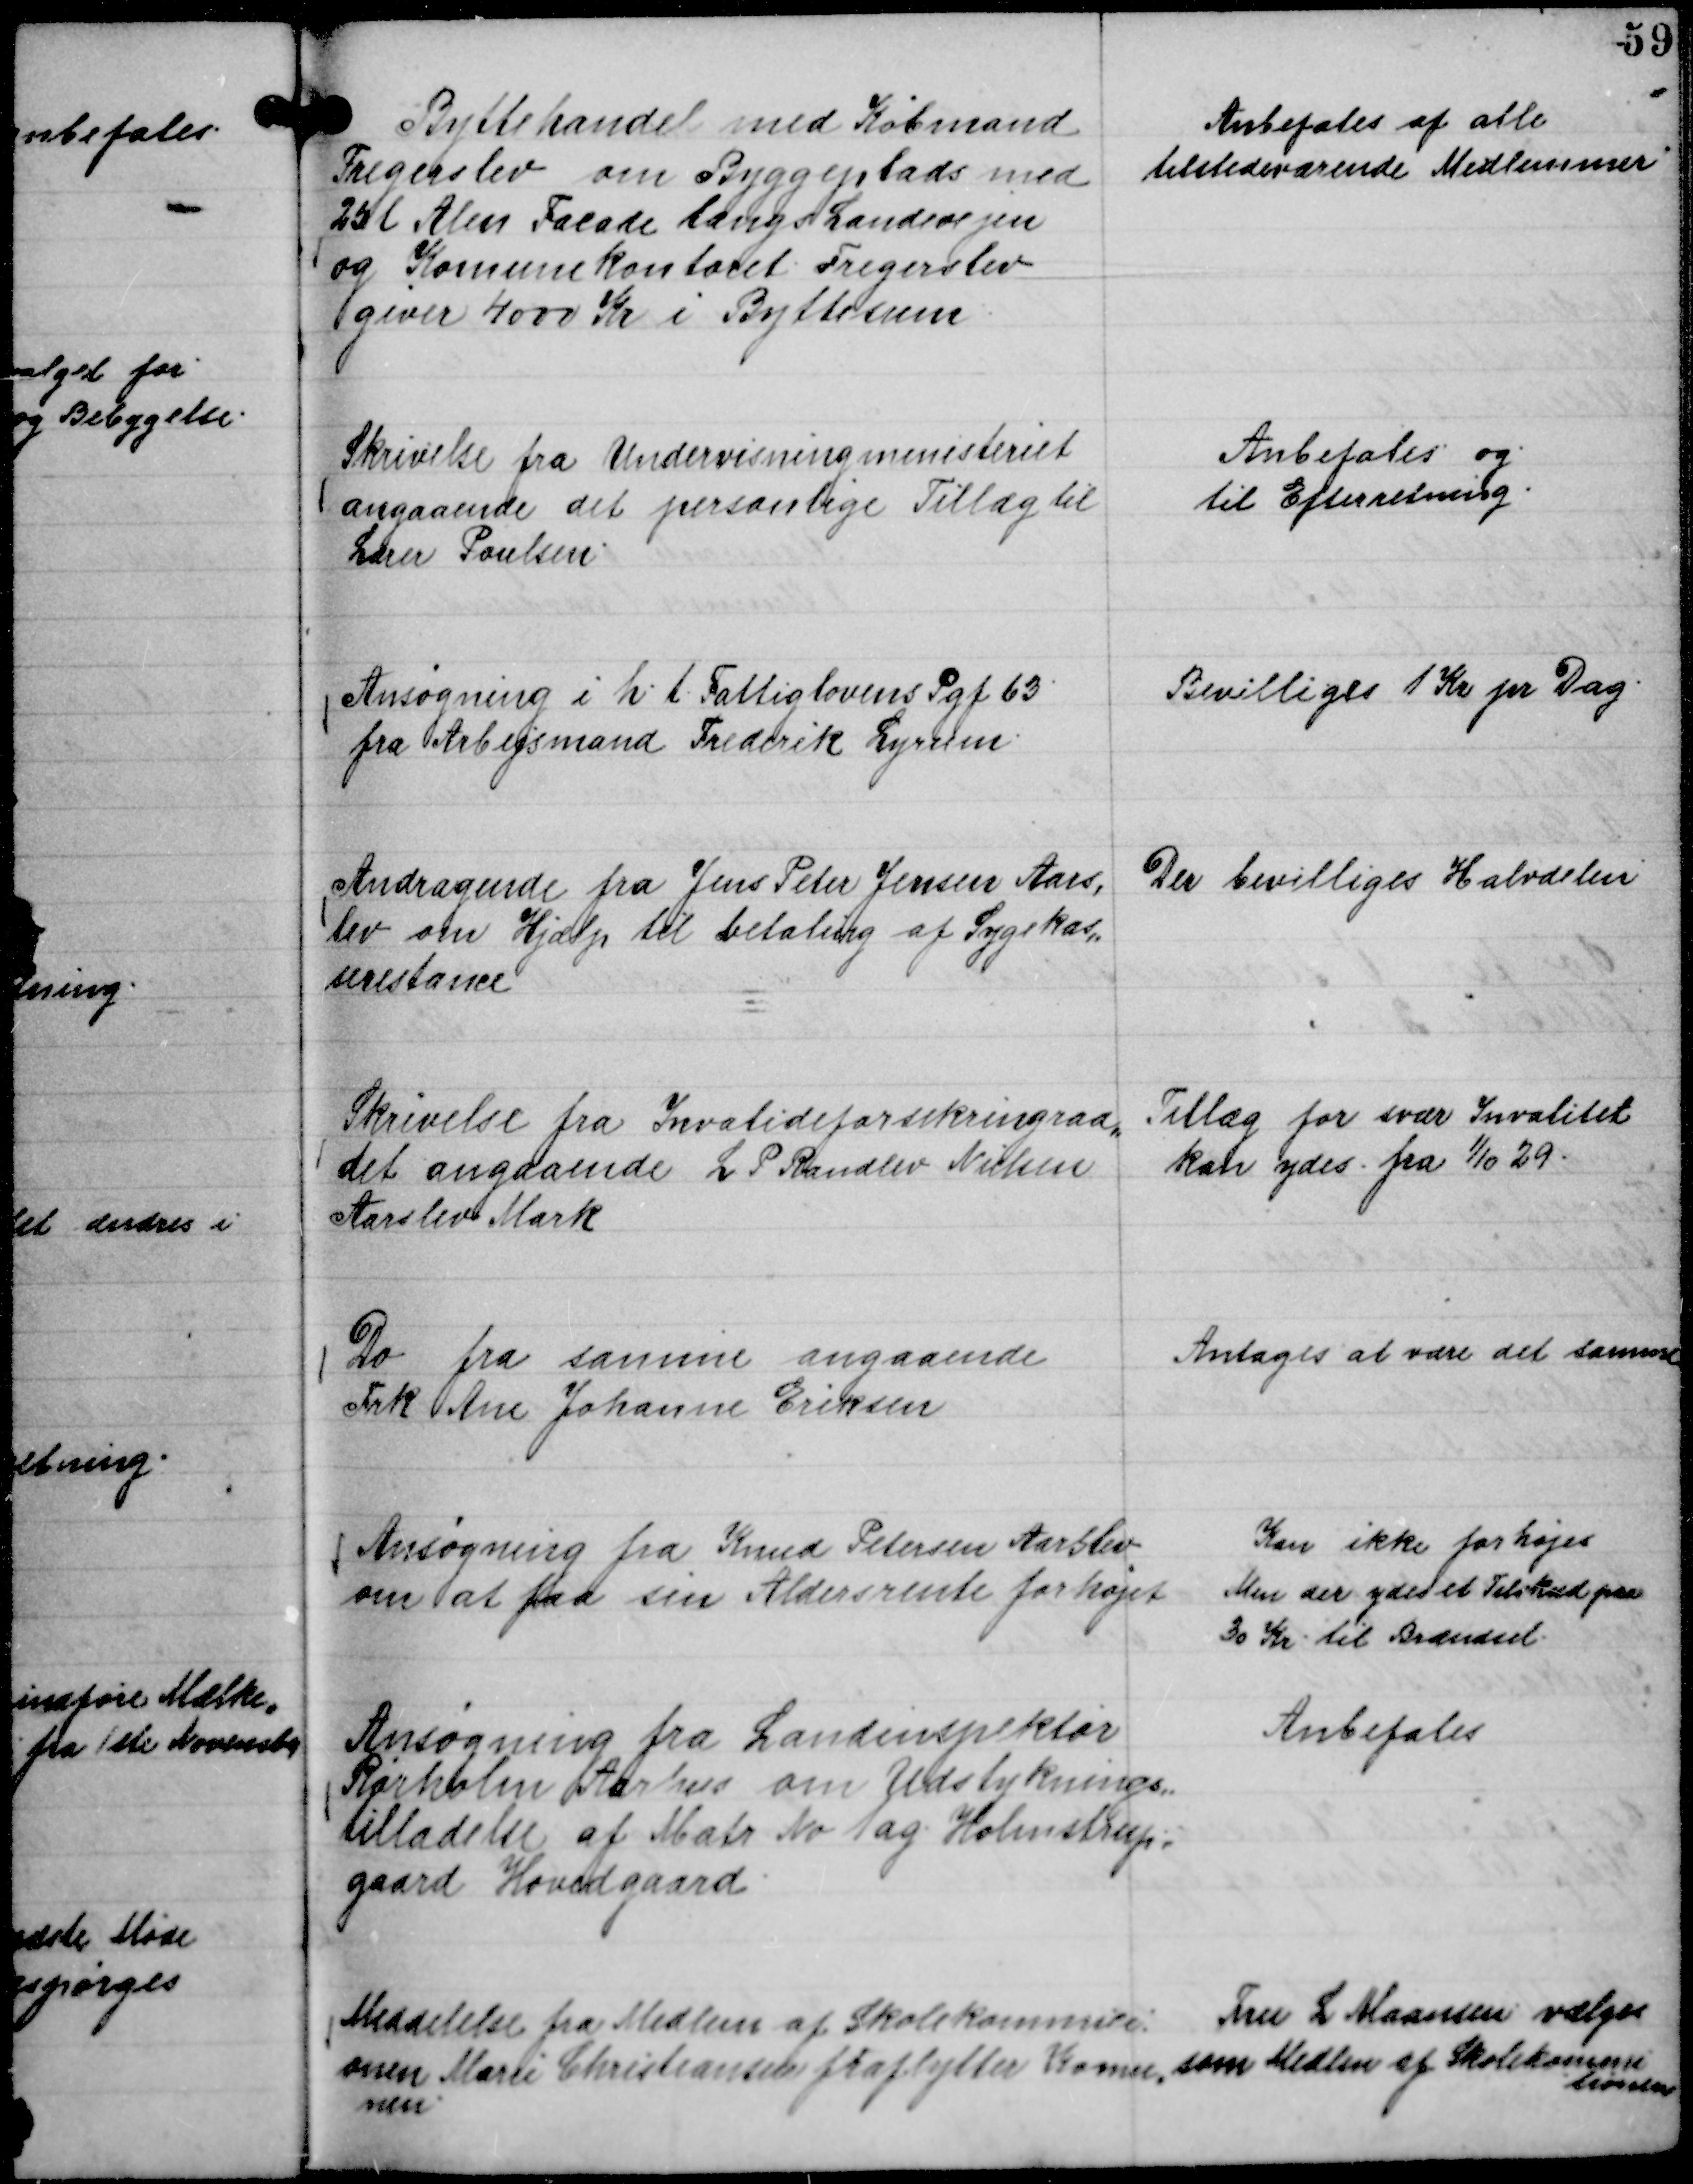
Transskription:
Byttehandel med Købmand
Fregerslev om Byggeplads med
25 l Alen Facade langs Landevejen
og Komunekontoret. Fregerslev
giver 4000 Kr i Byttesum

Anbefales af alle
tilstedeværende Medlemmer

Skrivelse fra Undervisningsministeriet
angaaende det personlige Tillæg til
Lærer Poulsen.

Anbefales og
til Efterretning.

Ansøgning i h. t. Fattiglovens Pgf 63
fra Arbejdsmand Frederik Lyrum.

Bevilliges 1 Kr pr Dag.

Andragende fra Jens Peter Jensen Aars,
lev om Hjælp til betaling af Sygekas,,
serestance

Der bevilliges Halvdelen

Skrivelse fra Invalideforsikringsraa,,
det angaaende L P Randlev Nielsen
Aarslev Mark

Tillæg for svær Invalitet
kan ydes . fra 

1/10 29.

Do fra samme angaaende
Frk Ane Johanne Eriksen

Antages at være det samme

Ansøgning fra Knud Petersen Aarslev
om at faa sin Aldersrente forhøjet

Kan ikke forhøjes
Men der ydes et Tilskud paa
30 Kr til Brændsel.

Ansøgning fra Landinspektør
Rørholm Aarhus om Udstyknings,,
tilladelse af Matr No 1 ag Holmstrup,,
gaard Hovedgaard.

Anbefales

Meddelelse fra Medlem af Skolekommisi-
onen Marie Christiansen fraflytter Komu,,
nen.

Fru L Maansen vælges
som Medlem af Skolekommi
tionen